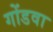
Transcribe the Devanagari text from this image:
गोंडवा